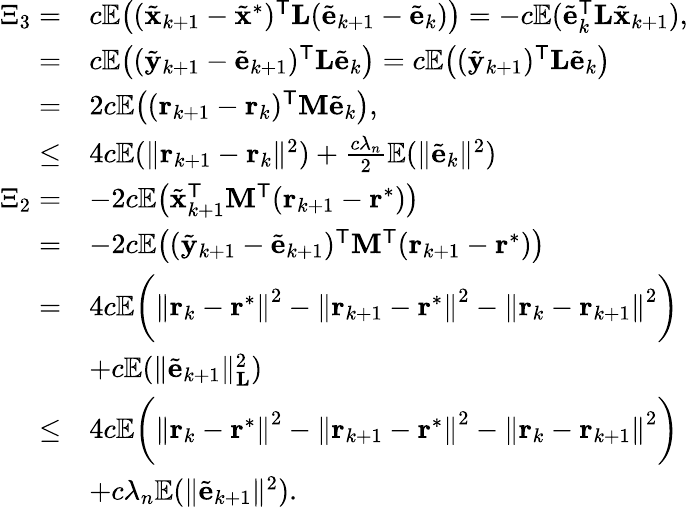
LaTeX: \begin{array}{rl}{\Xi_{3}=}&{c\mathbb{E}\big((\tilde{\mathbf{x}}_{k+1}-\tilde{\mathbf{x}}^{\ast})^{\mathsf{T}}\mathbf{L}(\tilde{\mathbf{e}}_{k+1}-\tilde{\mathbf{e}}_{k})\big)=-c\mathbb{E}(\tilde{\mathbf{e}}_{k}^{\mathsf{T}}\mathbf{L}\tilde{\mathbf{x}}_{k+1}),}\\ {=}&{c\mathbb{E}\big((\tilde{\mathbf{y}}_{k+1}-\tilde{\mathbf{e}}_{k+1})^{\mathsf{T}}\mathbf{L}\tilde{\mathbf{e}}_{k}\big)=c\mathbb{E}\big((\tilde{\mathbf{y}}_{k+1})^{\mathsf{T}}\mathbf{L}\tilde{\mathbf{e}}_{k}\big)}\\ {=}&{2c\mathbb{E}\big((\mathbf{r}_{k+1}-\mathbf{r}_{k})^{\mathsf{T}}\mathbf{M}\tilde{\mathbf{e}}_{k}\big),}\\ {\leq}&{4c\mathbb{E}(\| \mathbf{r}_{k+1}-\mathbf{r}_{k}\| ^{2})+\frac{c\lambda_{n}}{2}\mathbb{E}(\| \tilde{\mathbf{e}}_{k}\| ^{2})}\\ {\Xi_{2}=}&{-2c\mathbb{E}\big(\tilde{\mathbf{x}}_{k+1}^{\mathsf{T}}\mathbf{M}^{\mathsf{T}}(\mathbf{r}_{k+1}-\mathbf{r}^{*})\big)}\\ {=}&{-2c\mathbb{E}\big((\tilde{\mathbf{y}}_{k+1}-\tilde{\mathbf{e}}_{k+1})^{\mathsf{T}}\mathbf{M}^{\mathsf{T}}(\mathbf{r}_{k+1}-\mathbf{r}^{*})\big)}\\ {=}&{4c\mathbb{E}\bigg(\left\| \mathbf{r}_{k}-\mathbf{r}^{*}\right\| ^{2}-\left\| \mathbf{r}_{k+1}-\mathbf{r}^{*}\right\| ^{2}-\left\| \mathbf{r}_{k}-\mathbf{r}_{k+1}\right\| ^{2}\bigg)}\\ {}&{+c\mathbb{E}(\| \tilde{\mathbf{e}}_{k+1}\| _{\mathbf{L}}^{2})}\\ {\leq}&{4c\mathbb{E}\bigg(\left\| \mathbf{r}_{k}-\mathbf{r}^{*}\right\| ^{2}-\left\| \mathbf{r}_{k+1}-\mathbf{r}^{*}\right\| ^{2}-\left\| \mathbf{r}_{k}-\mathbf{r}_{k+1}\right\| ^{2}\bigg)}\\ &{+c\lambda_{n}\mathbb{E}(\| \tilde{\mathbf{e}}_{k+1}\| ^{2}).}\end{array}